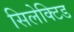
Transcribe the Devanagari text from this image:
सिलेक्टिड